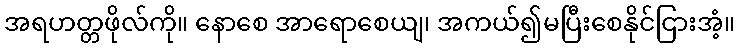
အရဟတ္တဖိုလ်ကို။ နောစေ အာရောစေယျ၊ အကယ်၍မပြီးစေနိုင်ငြားအံ့။